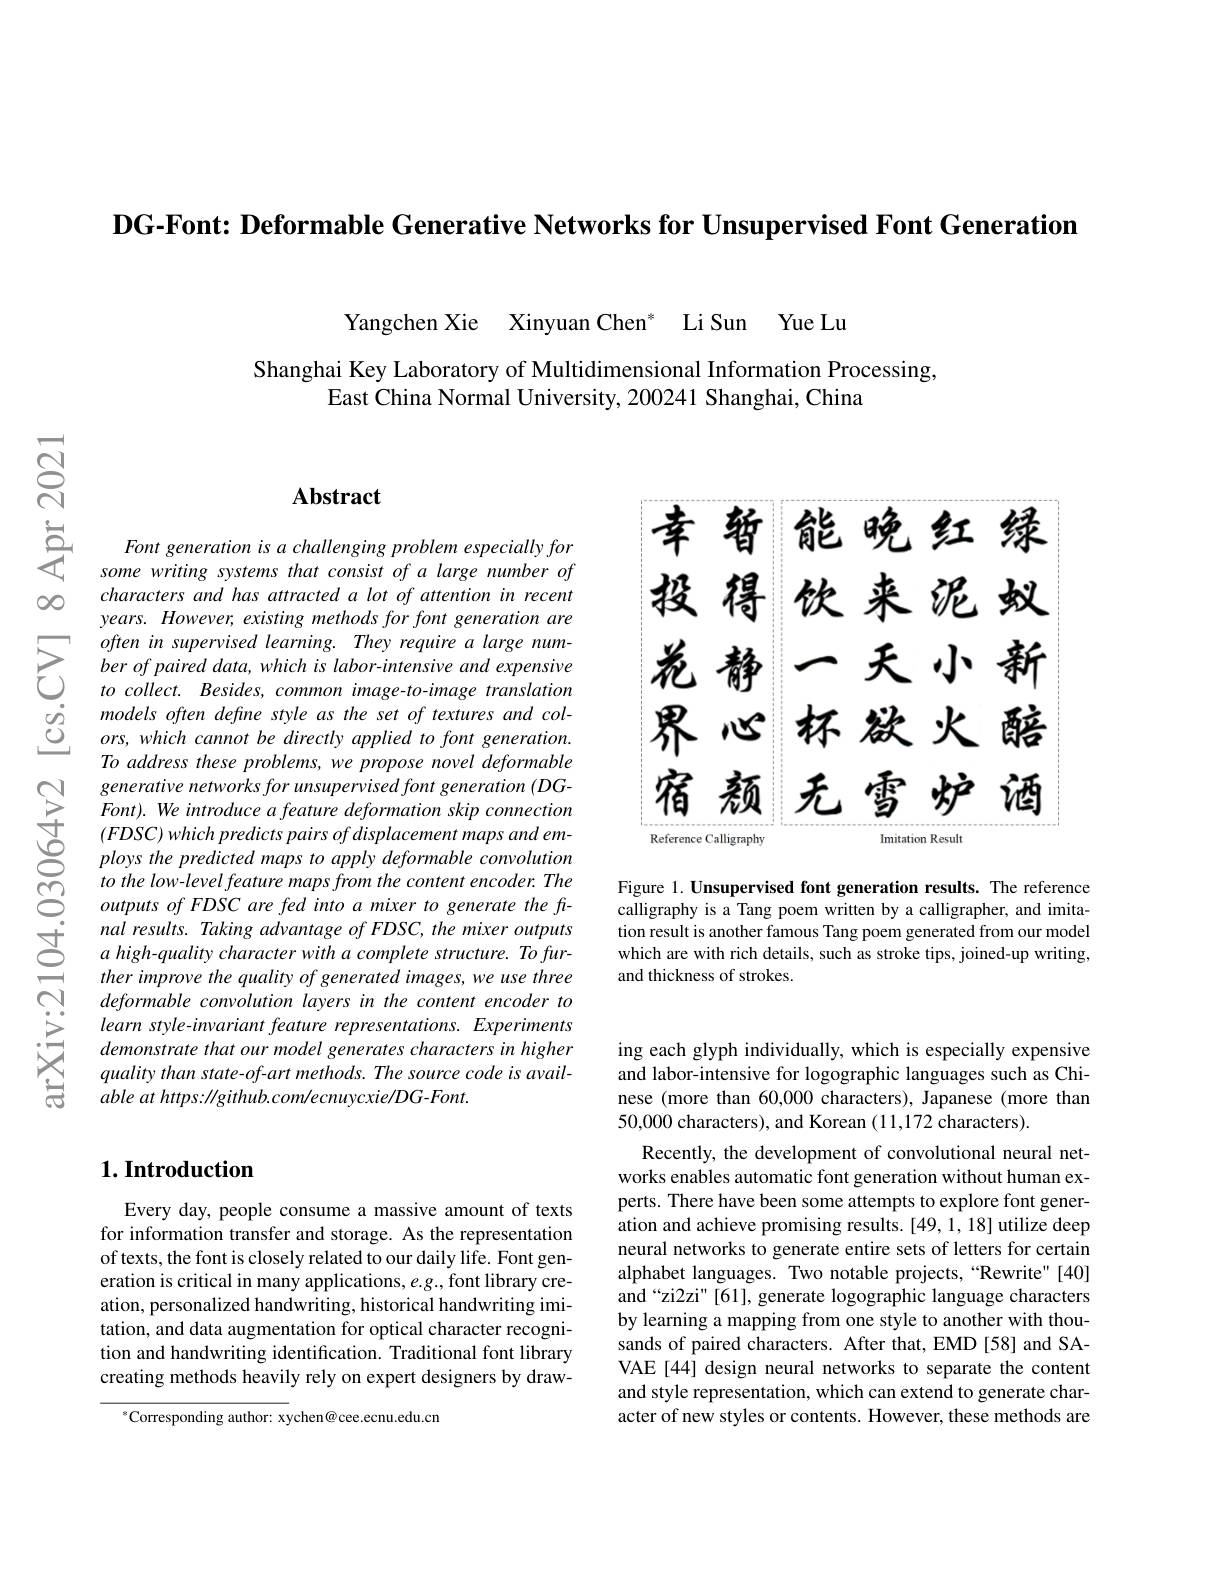
DG-Font: Deformable Generative Networks for Unsupervised Font Generation

Yangchen Xie Xinyuan Chen* Li Sun Yue Lu

Shanghai Key Laboratory of Multidimensional Information Processing,
East China Normal University, 200241 Shanghai, China

### $\mathbf{Abstract}$

Font generation is a challenging problem especially for some writing systems that consist of a large number of characters and has attracted a lot of attention in recent years. However, existing methods for font generation are
models often define style as the set of textures and col- $ors, which\textit{ cannot be directly applied to font generation. }$ To address these problems, we propose novel deformable generative networks for unsupervised font generation (DGFont). We introduce a feature deformation skip connection $(FDSC)which$ predicts pairs of displacement maps and employs the predicted maps to apply deformable convolution to the low-level feature maps from the content encoder. The outputs of FDSC are fed into a mixer to generate the final results. Taking advantage of FDSC, the mixer outputs a high-quality character with a complete structure. To further improve the quality of generated images, we use three deformable convolution layers in the content encoder to learn style-invariant feature representations. Experiments demonstrate that our model generates characters in higher quality than state-of-art methods. The source code is available $at$ $https: / / github. com/ ecnuycxie/ DG- Font.$

## $1. \textbf{Introduction}$

Every day, people consume a massive amount of texts for information transfer and storage. As the representation of texts, the font is closely related to our daily life. Font generation is critical in many applications, e.g., font library creation, personalized handwriting, historical handwriting imitation, and data augmentation for optical character recognition and handwriting identification. Traditional font library creating methods heavily rely on expert designers by draw-

$^{*}$Corresponding author: xychen@cee.ecnu.edu.cn

<FigureHere>

Figure 1. Unsupervised font generation results. The reference calligraphy is a Tang poem written by a calligrapher, and imitation result is another famous Tang poem generated from our model which are with rich details, such as stroke tips, joined-up writing, and thickness of strokes.

ing each glyph individually, which is especially expensive and labor-intensive for logographic languages such as Chinese (more than 60,000 characters), Japanese (more than 50,000 characters), and Korean (11,172 characters).

Recently, the development of convolutional neural networks enables automatic font generation without human experts. There have been some attempts to explore font generation and achieve promising results. [49,1, 18] utilize deep neural networks to generate entire sets of letters for certain alphabet languages. Two notable projects,“Rewrite"[40] and“zi2zi" [61], generate logographic language characters by learning a mapping from one style to another with thousands of paired characters. After that, EMD[58] and SAVAE [44] design neural networks to separate the content and style representation, which can extend to generate character of new styles or contents. However, these methods are